Scottish Leaving Certificate Examination, 1961
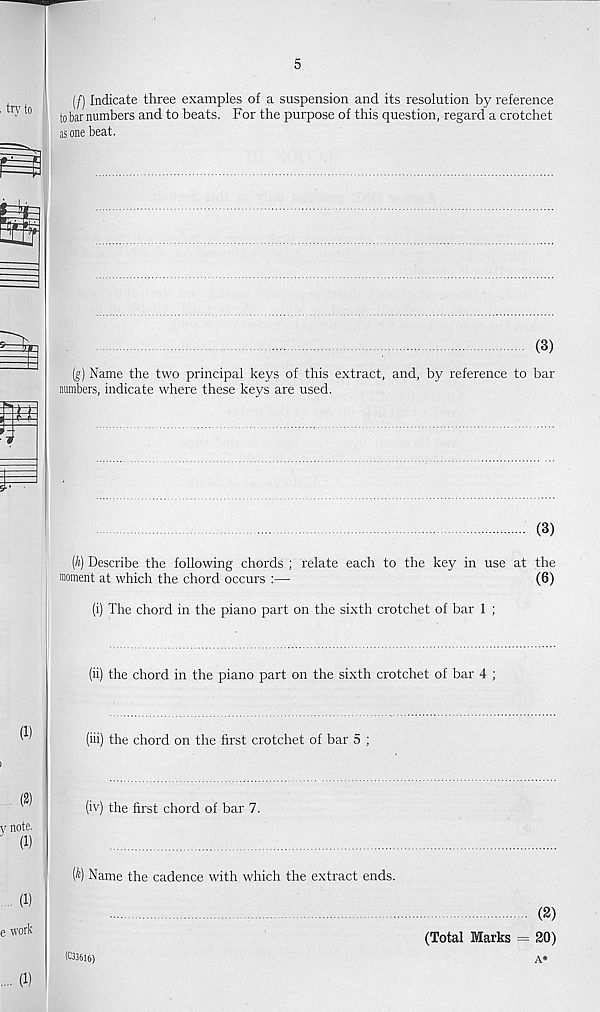
5
(/) Indicate three examples of a suspension and its resolution by reference
to bar numbers and to beats. For the purpose of this question, regard a crotchet
as one beat.
(3)
(g) Name the two principal keys of this extract, and, by reference to bar
numbers, indicate where these keys are used.
(3)
(h) Describe the following chords ; relate each to the key in use at the
moment at which the chord occurs :—
(6)
(i) The chord in the piano part on the sixth crotchet of bar 1 ;
(ii) the chord in the piano part on the sixth crotchet of bar 4 ;
(iii) the chord on the first crotchet of bar 5 ;
(iv) the first chord of bar 7.
(k) Name the cadence with which the extract ends.
(2)
(Total Marks = 20)
(033616)
A»